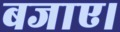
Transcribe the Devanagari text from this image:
बजाए।